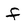
Character: F